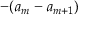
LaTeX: - ( a _ { m } - a _ { m + 1 } )